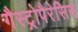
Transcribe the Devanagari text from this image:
गैस्ट्रोपैरेसिस